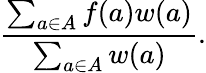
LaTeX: {\frac{\sum_{a\in A}f(a)w(a)}{\sum_{a\in A}w(a)}}.